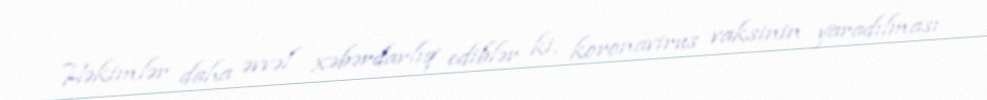
Həkimlər daha əvvəl xəbərdarlıq ediblər ki, koronavirus vaksinin yaradılması